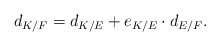
\begin{align*} d_{K/F}=d_{K/E}+e_{K/E}\cdot d_{E/F}. \end{align*}